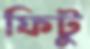
ফিটু